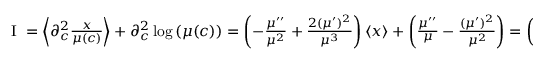
\begin{array} { r } { \mathrm { ~ I ~ } = \left\langle \partial _ { c } ^ { 2 } \frac { x } { \mu ( c ) } \right\rangle + \partial _ { c } ^ { 2 } \log \left( \mu ( c ) \right) = \left( - \frac { \mu ^ { \prime \prime } } { \mu ^ { 2 } } + \frac { 2 ( \mu ^ { \prime } ) ^ { 2 } } { \mu ^ { 3 } } \right) \left\langle x \right\rangle + \left( \frac { \mu ^ { \prime \prime } } { \mu } - \frac { ( \mu ^ { \prime } ) ^ { 2 } } { \mu ^ { 2 } } \right) = \left( \frac { \mu ^ { \prime } ( c ) } { \sigma } \right) ^ { 2 } , } \end{array}